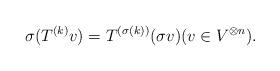
LaTeX: \begin{align*} \sigma(T^{(k)}v)=T^{(\sigma(k))}(\sigma v) (v \in V^{\otimes n}).\end{align*}